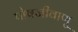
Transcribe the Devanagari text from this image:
पोषजीवाणु